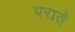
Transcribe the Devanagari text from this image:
पराते